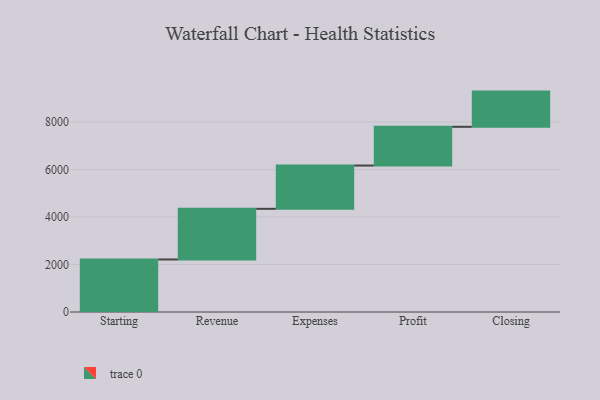
{"axis": {"x": "Step", "y": "Value"}, "legend": [""], "data": [{"x": "Starting", "y": 2212.0, "type": ""}, {"x": "Revenue", "y": 2133.0, "type": ""}, {"x": "Expenses", "y": 1822.0, "type": ""}, {"x": "Profit", "y": 1632.0, "type": ""}, {"x": "Closing", "y": 1482.0, "type": ""}]}